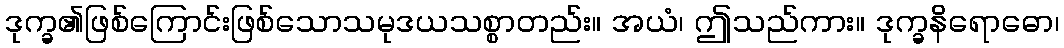
ဒုက္ခ၏ဖြစ်ကြောင်းဖြစ်သောသမုဒယသစ္စာတည်း။ အယံ၊ ဤသည်ကား။ ဒုက္ခနိရောဓော၊